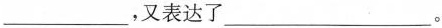
___,又表达了___。